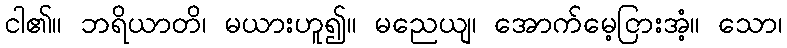
ငါ၏။ ဘရိယာတိ၊ မယားဟူ၍။ မညေယျ၊ အောက်မေ့ငြားအံ့။ သော၊